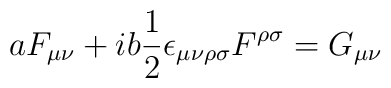
aF_{\mu\nu}+ib\frac{1}{2}\epsilon_{\mu\nu\rho\sigma}F^{\rho\sigma}=G_{\mu\nu}